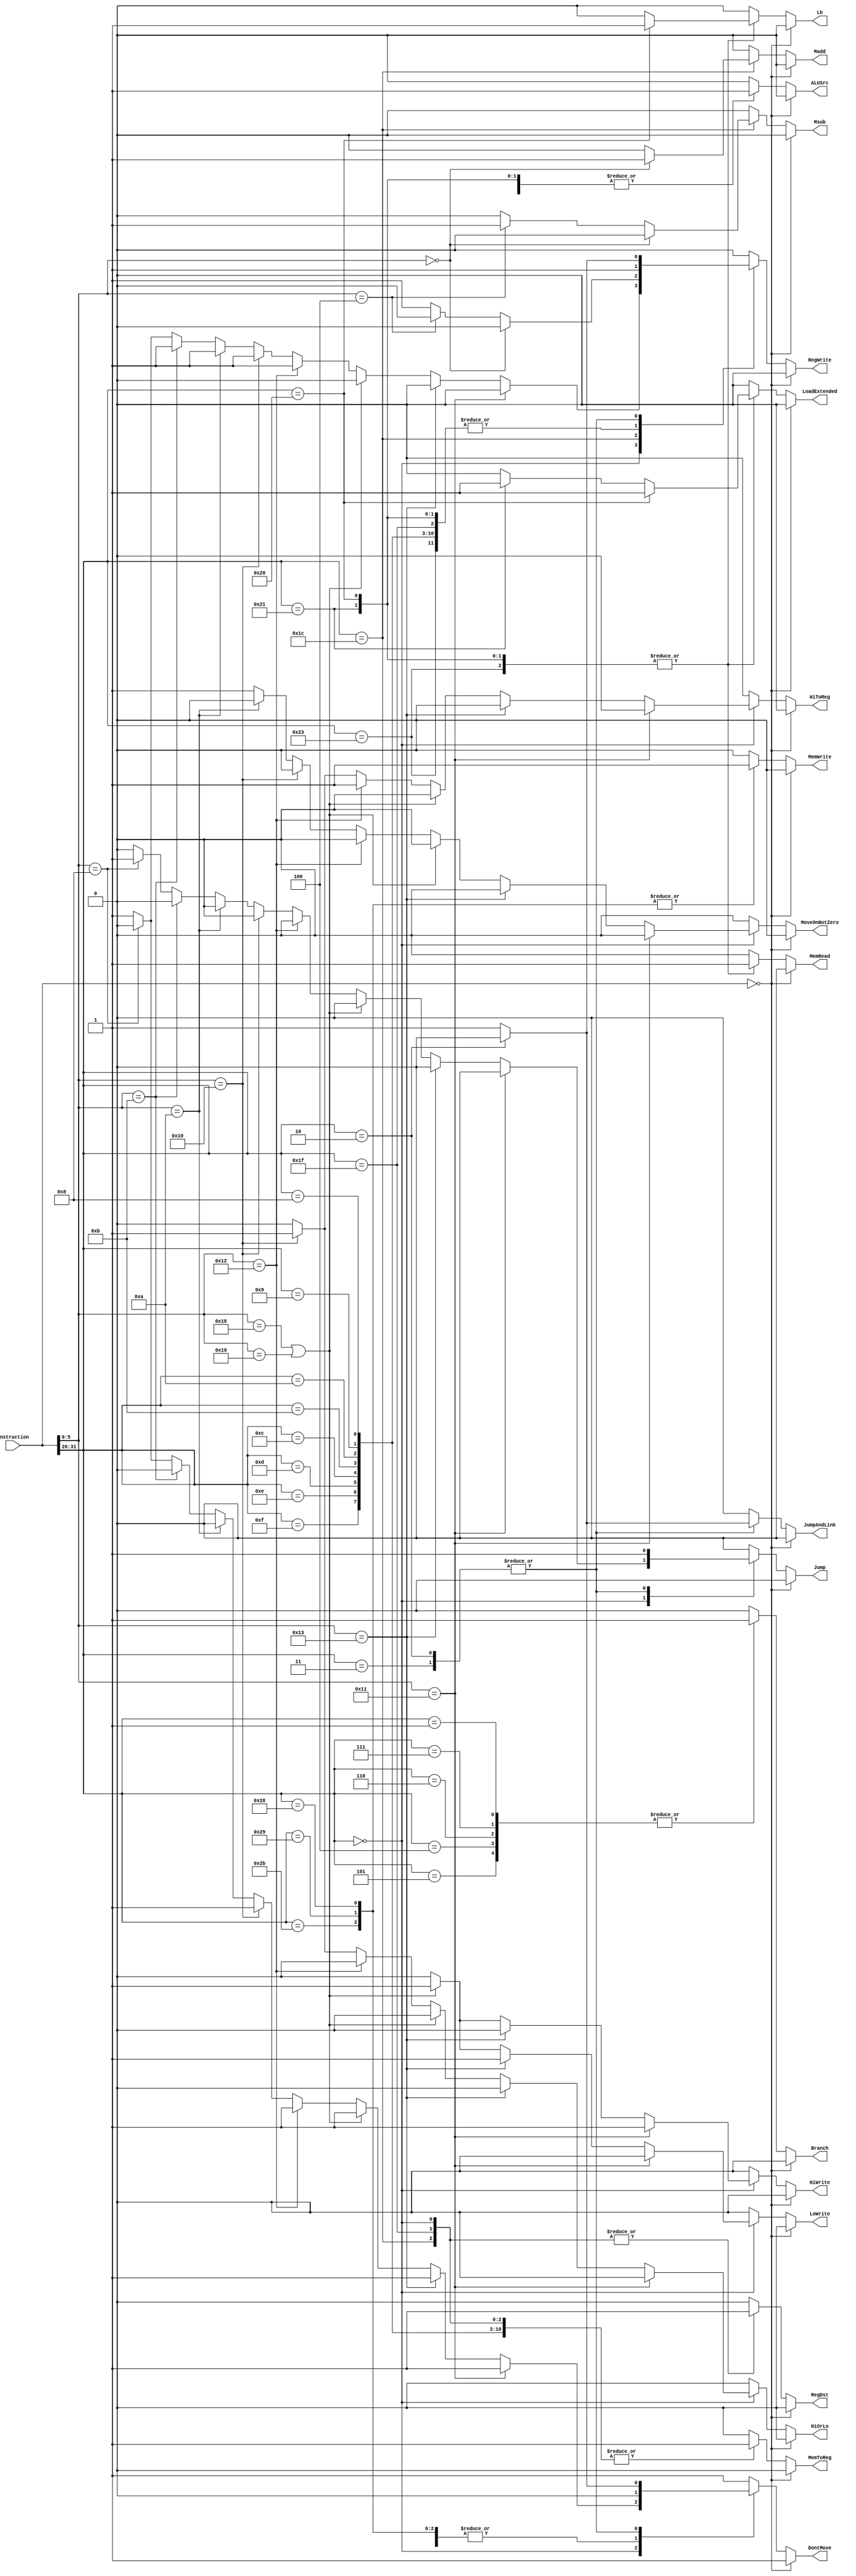
`timescale 1ns / 1ps
//////////////////////////////////////////////////////////////////////////////////
// Company: 
// Engineer: 
// 
// Design Name: 
// Module Name: Controller
// Project Name: 
// Target Devices: 
// Tool Versions: 
// Description: 
// 
// Dependencies: 
// 
// Revision:
// Revision 0.01 - File Created
// Additional Comments:
// 
//////////////////////////////////////////////////////////////////////////////////


module Controller(
        Instruction, 
        RegWrite, 
        ALUSrc, 
        RegDst,
        HiWrite,
        LoWrite, 
        Madd, 
        Msub, 
        MemWrite, 
        MemRead, 
        Branch,
        MemToReg, 
        HiOrLo, 
        HiToReg, 
        DontMove, 
        MoveOnNotZero,
        Jump,
        JumpAndLink,
        Lb,
        LoadExtended
    );
    
    input [31:0] Instruction;
    output reg RegWrite, ALUSrc, RegDst, HiWrite, LoWrite, Madd, Msub, MemWrite, MemRead, Branch, MemToReg, HiOrLo, HiToReg, DontMove, MoveOnNotZero, Jump, JumpAndLink, Lb, LoadExtended;
    
    always@(Instruction) begin

        if (Instruction == 32'd0) begin // This is a nop
            RegWrite <= 0;
            ALUSrc <= 0;
            RegDst <= 0;
            Msub <= 0;
            Madd <= 0;
            HiWrite <= 0;
            LoWrite <= 0;
            MemWrite <= 0;
            MemRead <= 0;
            Branch <= 0;
            MemToReg <= 0;
            HiOrLo <= 0;
            HiToReg <= 0;
            DontMove <= 1;
            MoveOnNotZero <= 0;
            Jump <= 0;
            JumpAndLink <= 0;
            Lb <= 0;
            LoadExtended <= 0;
        end
        
        else begin
            case(Instruction[31:26])
                
                6'b000000 : begin // R-type instructions
                    ALUSrc <= 0;
                    RegDst <= 1;
                    Madd <= 0;
                    Msub <= 0;
                    MemWrite <= 0;
                    MemRead <= 0;
                    Branch <= 0;
                    MemToReg <= 1;
                    JumpAndLink <= 0;
                    LoadExtended <= 0;
                    if (Instruction[5:0] == 6'b010001) begin // mthi
                        RegWrite <= 0;
                        HiWrite <= 1;
                        LoWrite <= 0;
                        HiOrLo <= 0;
                        HiToReg <= 0;
                        DontMove <= 1;
                        MoveOnNotZero <= 0;
                        Jump <= 0;
                        Lb <= 0;
                    end
                    else if (Instruction[5:0] == 6'b010011) begin // mtlo
                        RegWrite <= 0;
                        HiWrite <= 0;
                        LoWrite <= 1;
                        HiOrLo <= 0;
                        HiToReg <= 0;
                        DontMove <= 1;
                        MoveOnNotZero <= 0;
                        Jump <= 0;
                        Lb <= 0;
                    end
                    else if (Instruction[5:0] == 6'b011000 || Instruction[5:0] == 6'b011001) begin // mult or multu
                        RegWrite <= 0;
                        HiWrite <= 1;
                        LoWrite <= 1;
                        HiOrLo <= 0;
                        HiToReg <= 0;
                        DontMove <= 1;
                        MoveOnNotZero <= 0;
                        Jump <= 0;
                        Lb <= 0;
                    end
                    else if (Instruction[5:0] == 6'b010010) begin // mflo
                        RegWrite <= 1;
                        HiWrite <= 0;
                        LoWrite <= 0;
                        HiOrLo <= 0;
                        HiToReg <= 1;
                        DontMove <= 1;
                        MoveOnNotZero <= 0;
                        Jump <= 0;
                        Lb <= 0;
                    end
                    else if (Instruction[5:0] == 6'b010000) begin // mfhi
                        RegWrite <= 1;
                        HiWrite <= 0;
                        LoWrite <= 0;
                        HiOrLo <= 1;
                        HiToReg <= 1;
                        DontMove <= 1;
                        MoveOnNotZero <= 0;
                        Jump <= 0;
                        Lb <= 0;
                    end
                    else if (Instruction[5:0] == 6'b001010) begin // movz
                        RegWrite <= 1;
                        HiWrite <= 0;
                        LoWrite <= 0;
                        HiOrLo <= 0;
                        HiToReg <= 0;
                        DontMove <= 0;
                        MoveOnNotZero <= 0;
                        Jump <= 0;
                        Lb <= 0;
                    end
                    else if (Instruction[5:0] == 6'b001011) begin // movn
                        RegWrite <= 1;
                        HiWrite <= 0;
                        LoWrite <= 0;
                        HiOrLo <= 0;
                        HiToReg <= 0;
                        DontMove <= 0;
                        MoveOnNotZero <= 1;
                        Jump <= 0;
                        Lb <= 0;
                    end
                    else if (Instruction[5:0] == 6'b001000) begin // jr
                        RegWrite <= 0;
                        HiWrite <=0;
                        LoWrite <= 0;
                        HiOrLo <= 0;
                        HiToReg <= 0;
                        DontMove <= 0;
                        MoveOnNotZero <= 1;
                        Jump <= 1;
                        Lb <= 0;
                    end
                    else begin
                        RegWrite <= 1;
                        HiWrite <= 0;
                        LoWrite <= 0;
                        HiOrLo <= 0;
                        HiToReg <= 0;
                        DontMove <= 1;
                        MoveOnNotZero <= 1;
                        Jump <= 0;
                        Lb <= 0;
                    end
                end
                
                6'b000001, // bgez or bltz
                6'b000111, // bgtz
                6'b000110, // blez
                6'b000100, // beq
                6'b000101: begin // bne
                    RegWrite <= 0;
                    ALUSrc <= 0;
                    RegDst <= 0;
                    HiWrite <= 0;
                    LoWrite <= 0;
                    Madd <= 0;
                    Msub <= 0;
                    MemWrite <= 0;
                    MemRead <= 0;
                    Branch <= 1;
                    MemToReg <= 0;
                    HiOrLo <= 0;
                    HiToReg <= 0;
                    DontMove <= 0;
                    MoveOnNotZero <= 0;
                    Jump <= 0;
                    JumpAndLink <= 0;
                    Lb <= 0;
                    LoadExtended <= 0;
                end
                
                6'b001000, // addi
                6'b001001, // addiu
                6'b001010, // slti
                6'b001011, // sltiu
                6'b001100, // andi
                6'b001101, // ori
                6'b001110, // xori
                6'b001111: begin // lui
                    RegWrite <= 1;
                    ALUSrc <= 1;
                    RegDst <= 0;
                    HiWrite <= 0;
                    LoWrite <= 0;
                    Madd <= 0;
                    Msub <= 0;
                    MemWrite <= 0;
                    MemRead <= 0;
                    Branch <= 0;
                    MemToReg <= 1;
                    HiOrLo <= 0;
                    HiToReg <= 0;
                    DontMove <= 1;
                    MoveOnNotZero <= 0;
                    Jump <= 0;
                    JumpAndLink <= 0;
                    Lb <= 0;
                    LoadExtended <= 0;
                end
                
                6'b011100 : begin // madd, msub, mul
                    ALUSrc <= 0;
                    RegDst <= 1;
                    HiWrite <= 0;
                    LoWrite <= 0;
                    MemWrite <= 0;
                    MemRead <= 0;
                    Branch <= 0;
                    MemToReg <= 1;
                    HiOrLo <= 0;
                    HiToReg <= 0;
                    DontMove <= 1;
                    MoveOnNotZero <= 0;
                    Jump <= 0;
                    JumpAndLink <= 0;
                    Lb <= 0;
                    LoadExtended <= 0;
                    if (Instruction[5:0] == 6'b000000) begin // madd
                       RegWrite <= 0; 
                       Madd <= 1;
                       Msub <= 0;
                    end
                    else if (Instruction[5:0] == 6'b000100) begin // msub
                        RegWrite <= 0;
                        Madd <= 0;
                        Msub <= 1;
                    end
                    else begin // mul
                        RegWrite <= 1;
                        Madd <= 0;
                        Msub <= 0;
                    end
                end
                
                6'b011111 : begin // seb, seh
                    RegWrite <= 1;
                    ALUSrc <= 0;
                    RegDst <= 1;
                    HiWrite <= 0;
                    LoWrite <= 0;
                    Madd <= 0;
                    Msub <= 0;
                    MemWrite <= 0;
                    MemRead <= 0;
                    Branch <= 0;
                    MemToReg <= 1;
                    HiOrLo <= 0;
                    HiToReg <= 0;
                    DontMove <= 1;
                    MoveOnNotZero <= 0;
                    Jump <= 0;
                    JumpAndLink <= 0;
                    Lb <= 0;
                    LoadExtended <= 0;
                end
                
                6'b100000, // lb
                6'b100001, // lh
                6'b100011 : begin // lw
                    RegWrite <= 1;
                    ALUSrc <= 1;
                    RegDst <= 0;
                    HiWrite <= 0;
                    LoWrite <= 0;
                    Madd <= 0;
                    Msub <= 0;
                    MemWrite <= 0;
                    MemRead <= 1;
                    Branch <= 0;
                    MemToReg <= 0;
                    HiOrLo <= 0;
                    HiToReg <= 0;
                    DontMove <= 1;
                    MoveOnNotZero <= 0;
                    Jump <= 0;
                    JumpAndLink <= 0;
                    if (Instruction[31:26] == 6'b100000) begin // lb
                        Lb <= 1;
                        LoadExtended <= 1;
                    end
                    else if (Instruction[31:26] == 6'b100001) begin // lh
                        Lb <= 0; 
                        LoadExtended <= 1;
                    end
                    else begin // if (Instruction[31:26] == 6'b100011) begin // lw
                        Lb <= 0;
                        LoadExtended <= 0;
                    end
                end
                
                6'b101000, // sb
                6'b101001, // sh
                6'b101011 : begin // sw
                    RegWrite <= 0;
                    ALUSrc <= 1;
                    RegDst <= 0;
                    HiWrite <= 0;
                    LoWrite <= 0;
                    Madd <= 0;
                    Msub <= 0;
                    MemWrite <= 1;
                    MemRead <= 0;
                    Branch <= 0;
                    MemToReg <= 0;
                    HiOrLo <= 0;
                    HiToReg <= 0;
                    DontMove <= 0;
                    MoveOnNotZero <= 0;
                    Jump <= 0;
                    JumpAndLink <= 0;
                    Lb <= 0;
                    LoadExtended <= 0;
                end
                
                6'b000011, // jal
                6'b000010 : begin // j
                    ALUSrc <= 0;
                    RegDst <= 0;
                    HiWrite <= 0;
                    LoWrite <= 0;
                    Madd <= 0;
                    Msub <= 0;
                    MemWrite <= 0;
                    MemRead <= 0;
                    Branch <= 0;
                    MemToReg <= 0;
                    HiOrLo <= 0;
                    HiToReg <= 0;
                    MoveOnNotZero <= 0;
                    Jump <= 1;
                    Lb <= 0;
                    LoadExtended <= 0;
                    if (Instruction[31:26] == 6'b000010) begin// j
                        DontMove <= 0;
                        JumpAndLink <= 0;
                        RegWrite <= 0;
                    end
                    else begin // jal
                        DontMove <= 1;
                        JumpAndLink <= 1;
                        RegWrite <= 1;
                    end
                end
                default : begin
                    RegWrite <= 0;
                    ALUSrc <= 0;
                    RegDst <= 0;
                    Msub <= 0;
                    Madd <= 0;
                    HiWrite <= 0;
                    LoWrite <= 0;
                    MemWrite <= 0;
                    MemRead <= 0;
                    Branch <= 0;
                    MemToReg <= 0;
                    HiOrLo <= 0;
                    HiToReg <= 0;
                    DontMove <= 1;
                    MoveOnNotZero <= 0;
                    Jump <= 0;
                    JumpAndLink <= 0;
                    Lb <= 0;
                    LoadExtended <= 0;
                end
            endcase
        end
    end 
endmodule